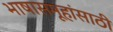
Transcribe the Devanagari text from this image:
भाषासमूहांसाठी